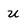
Character: u